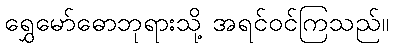
ရွှေမော်ဓောဘုရားသို့ အရင်ဝင်ကြသည်။